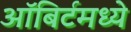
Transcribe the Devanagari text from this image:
ऑबिर्टमध्ये